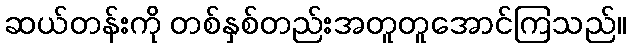
ဆယ်တန်းကို တစ်နှစ်တည်းအတူတူအောင်ကြသည်။